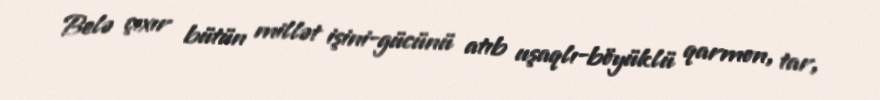
Belə çıxır bütün millət işini-gücünü atıb uşaqlı-böyüklü qarmon, tar,